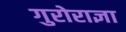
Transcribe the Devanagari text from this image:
गुरोराज्ञा